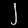
Digit: ၂